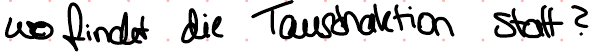
wo findet die Tauschaktion statt?